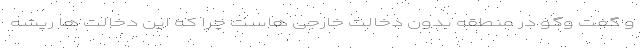
و گفت وگو در منطقه بدون دخالت خارجی هاست چرا که این دخالت ها ریشه